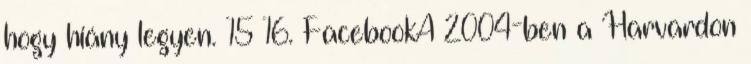
hogy hiány legyen. 15 16. FacebookA 2004-ben a Harvardon